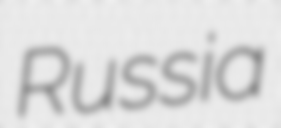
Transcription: Russia